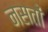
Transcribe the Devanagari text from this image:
नसतों